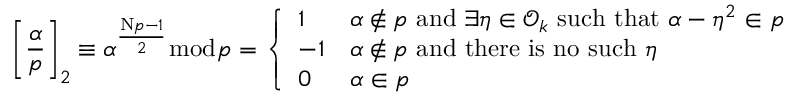
\left[ { \frac { \alpha } { \mathfrak { p } } } \right] _ { 2 } \equiv \alpha ^ { \frac { \mathrm { N } { \mathfrak { p } } - 1 } { 2 } } { \bmod { \mathfrak { p } } } = { \left\{ \begin{array} { l l } { 1 } & { \alpha \not \in { \mathfrak { p } } { \mathrm { ~ a n d ~ } } \exists \eta \in { \mathcal { O } } _ { k } { \mathrm { ~ s u c h ~ t h a t ~ } } \alpha - \eta ^ { 2 } \in { \mathfrak { p } } } \\ { - 1 } & { \alpha \not \in { \mathfrak { p } } { \mathrm { ~ a n d ~ t h e r e ~ i s ~ n o ~ s u c h ~ } } \eta } \\ { 0 } & { \alpha \in { \mathfrak { p } } } \end{array} \right. }